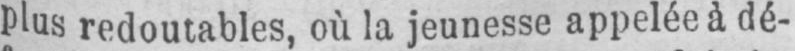
plus redoutables, où la jeunesse appelée à dé-